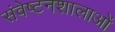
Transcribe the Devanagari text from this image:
संवेष्टनशालाओं